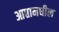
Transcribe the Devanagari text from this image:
आप्तामधील